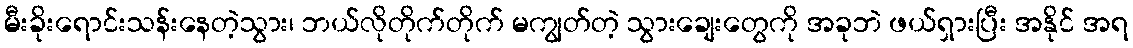
မီးခိုးရောင်းသန်းနေတဲ့သွား၊ ဘယ်လိုတိုက်တိုက် မကျွတ်တဲ့ သွားချေးတွေကို အခုဘဲ ဖယ်ရှားပြီး အနိုင် အရ